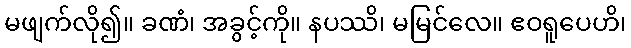
မဖျက်လို၍။ ခဏံ၊ အခွင့်ကို။ နပဿိ၊ မမြင်လေ။ ဧဝရူပေဟိ၊